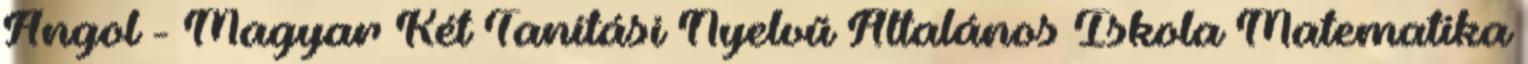
Angol - Magyar Két Tanítási Nyelvű Általános Iskola Matematika